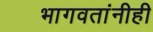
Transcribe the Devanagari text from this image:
भागवतांनीही